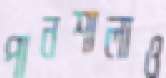
পানশালাও